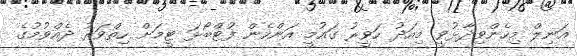
އަނިލް މިހެންވިދާޅުވީ މިއަދު ހަވީރު ގައުމީ އަންހެން ފުޓްބޯޅަ ޓީމަށް ހިތްވަރު ދެއްވުމުގެ